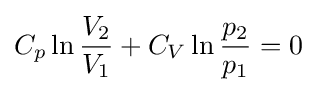
C_{p}\ln {\frac {V_{2}}{V_{1}}}+C_{V}\ln {\frac {p_{2}}{p_{1}}}=0\;